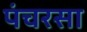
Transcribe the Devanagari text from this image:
पंचरसा